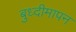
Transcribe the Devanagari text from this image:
बुध्दीमापन